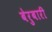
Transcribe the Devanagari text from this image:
बेरुबारी